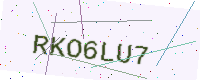
Text: RKO6LU7